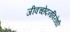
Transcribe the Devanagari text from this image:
जीवच्छेदनविरोधी